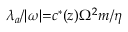
\lambda _ { a } / { \vert } \omega { \vert } { = } c ^ { * } ( z ) \Omega ^ { 2 } m / \eta